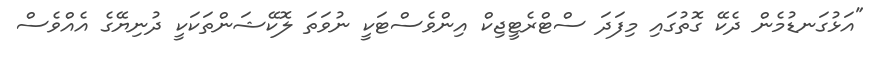
"އަޅުގަނޑުމެން ދެކޭ ގޮތުގައި މިފަދަ ސްޓްރެޓީޖިކް އިންވެސްޓަކީ ނުވަތަ ލޮކޭޝަންތަކަކީ ދުނިޔޭގެ އެއްވެސް